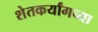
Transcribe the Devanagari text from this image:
शेतकर्यांगच्या